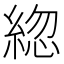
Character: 𦁕